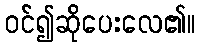
ဝင်၍ဆိုပေးလေ၏။